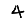
Digit: 4